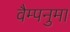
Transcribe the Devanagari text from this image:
वैम्पनुमा